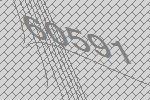
60591